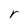
Character: r